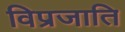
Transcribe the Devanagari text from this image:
विप्रजाति